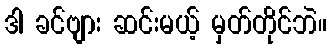
ဒါ ခင်ဗျား ဆင်းမယ့် မှတ်တိုင်ဘဲ။